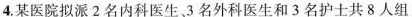
4.某医院拟派2名内科医生、3名外科医生和3名护士共8人组